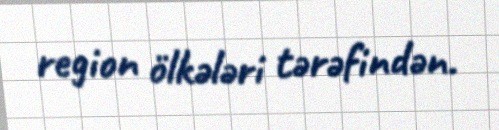
region ölkələri tərəfindən.